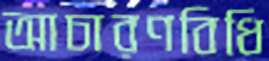
আচারণবিধি